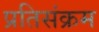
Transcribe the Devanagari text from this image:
प्रतिसंक्रम